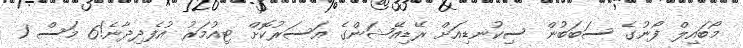
މޯބައިލް ފޯނުގެ ސަބަބުން ސިކުނޑިއަށް ރޭޑިއޭޝަންގެ އަސަރުކޮށް ޓިއުމަރު އުފެދިދާނެ!6 މަސް 1